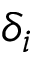
\delta _ { i }